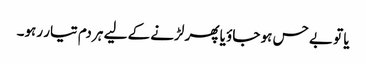
یا تو بے حس ہو جاؤ یا پھر لڑنے کے لیے ہر دم تیار رہو۔